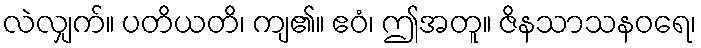
လဲလျှက်။ ပတိယတိ၊ ကျ၏။ ဧဝံ၊ ဤအတူ။ ဇိနသာသနဝရေ၊